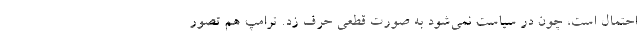
احتمال است، چون در سیاست نمی‌شود به صورت قطعی حرف زد. ترامپ هم تصور